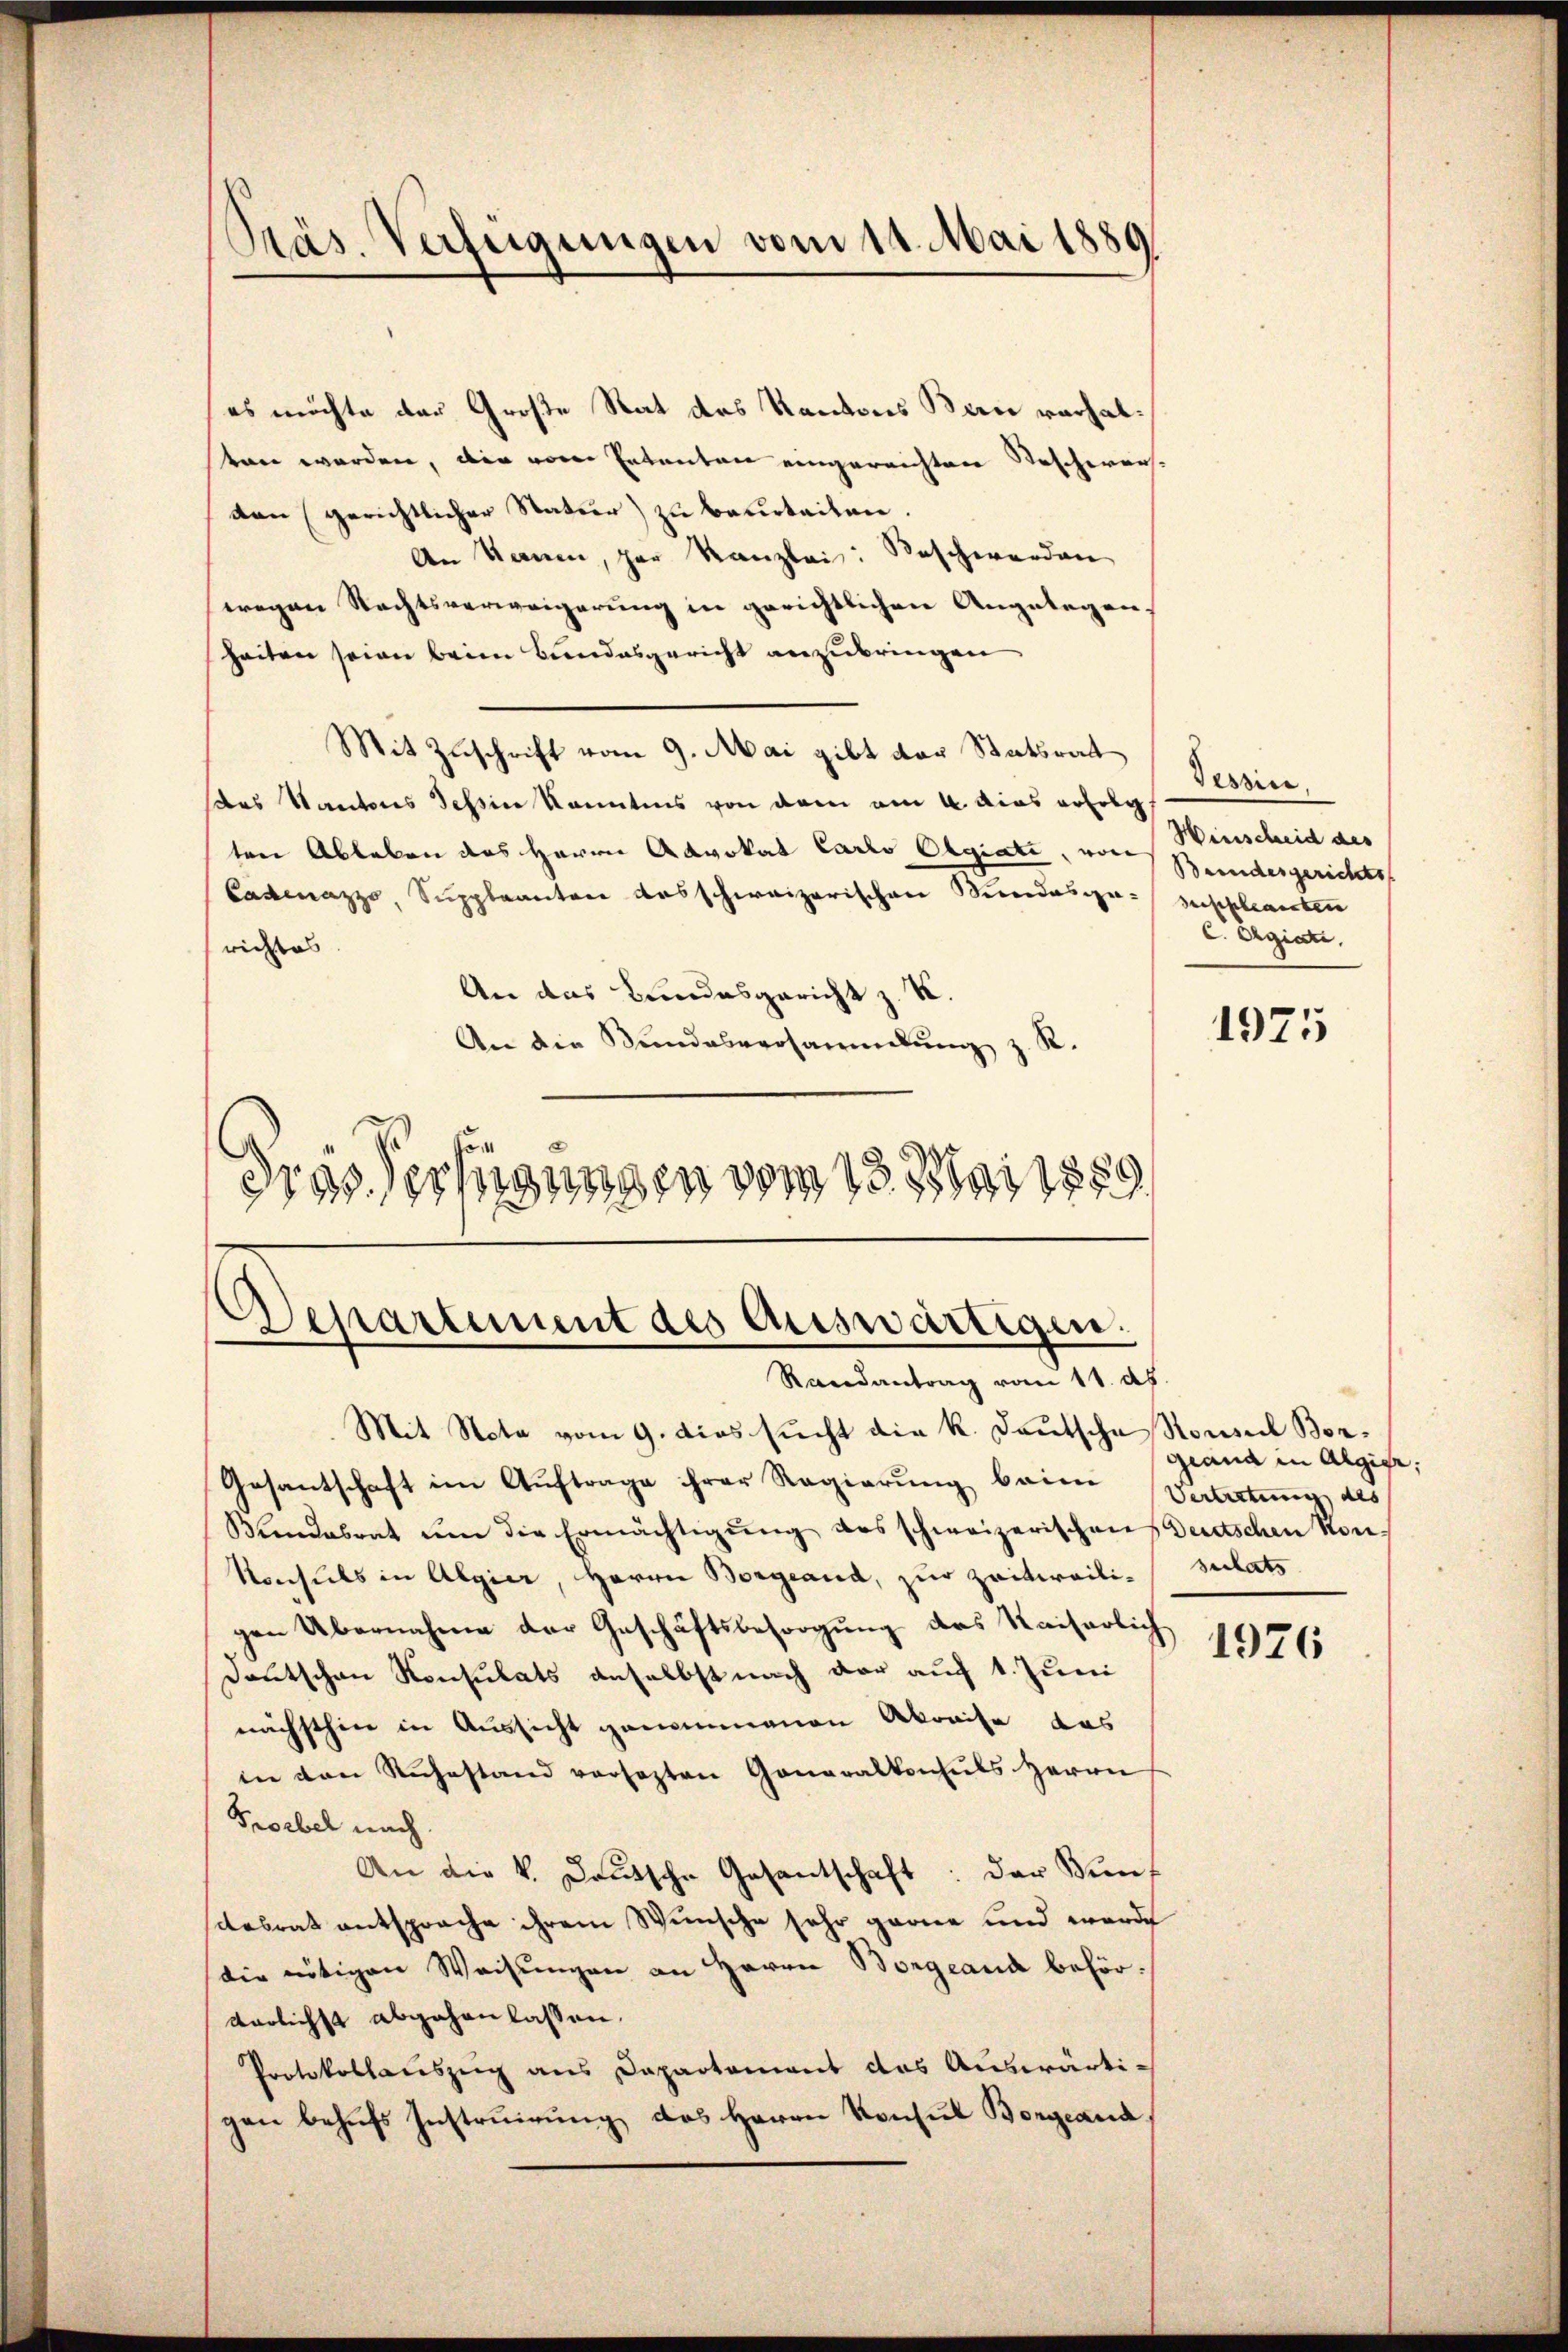
Präs. Verfügungen vom 11. Mai 1889

es möchte der Große Rat des Kantons Bern verhalten werden, die von Entanten eingereichten Bescherers
van (gerichtlicher Natur) zu beurteilen.
An kann, par Kanzlei: Beschwerden
wegen Rechtsverweigerung in gerichtlichen Angelegens
heiten seien beim Bundesgericht anzubringen
Mit Zuschrift vom 9. Mai gibt der Statsrat
das Kantons Tessin kanntens von dem am 4. dies erfolg
ten Ableben des Herrn Advokat Carlo Olgiati, von
Casenazzo, Suppleanten desschweizerischen Kindesge-Beschlanken
richtes
An das Bundesgericht z. K.
An die Bundesversammlung z. R.
d
drassertigungen vom 13. Mai 1889

Departement des Auswärtigen.
Randantrag vom 11. d.

Mit Nota vom 9. dies sucht die k. Deutsche Rouseel Bor¬
Gesantschaft im Aŭftrage ihrer Regierŭng beim Vertretung des
Wundesrat ŭm die Ermächtigŭng des schweizerischen Deutschen Kon-
Konsuls in Algier, Herrn Borgeand, zur Zeitweili-sulats
gen Übernahme der Geschäftsbesorgung des Kaiserlich
Deutschen Konsulats anselbst nach der auf 1. Juni
nächsthin in Aussicht genommenen Akraise das
in den Rŭhestand versezten Generalkonsuls Herrn
Probel nach
An die V. Deutsche Gesantschaft: Der Bundesrat entsprache ihrem Wunsche sehr gerne und werde
die nötigen Weisungen an Herrn Borgeand behörtarlichst abgehen lassen.
Protokollauszeig aus Dapartement das Auswärtigen behufs Instruirung des Herrn Konsul Borgeand

Tessin.
Hinscheid des
Bundesgerichts
C. Argiati,

1975

grand in Algier;

1926